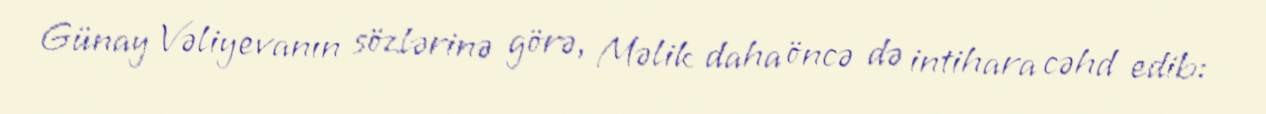
Günay Vəliyevanın sözlərinə görə, Məlik daha öncə də intihara cəhd edib: